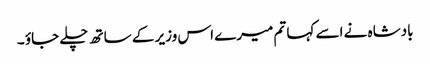
بادشاہ نے اسے کہا تم میرے اس وزیر کے ساتھ چلے جاؤ ۔